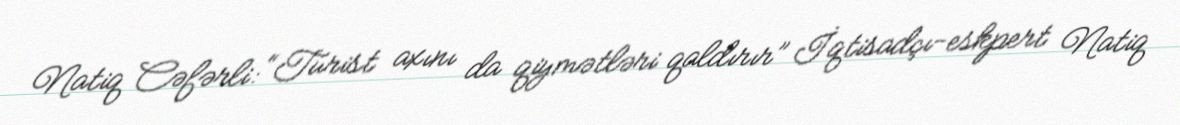
Natiq Cəfərli: “Turist axını da qiymətləri qaldırır” İqtisadçı-eskpert Natiq